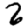
Digit: 2